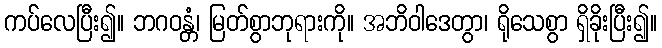
ကပ်လေပြီး၍။ ဘဂဝန္တံ၊ မြတ်စွာဘုရားကို။ အဘိဝါဒေတွာ၊ ရိုသေစွာ ရှိခိုးပြီး၍။